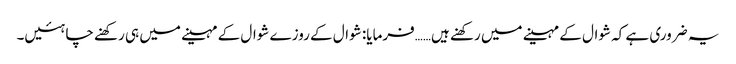
یہ ضروری ہے کہ شوال کے مہینے میں رکھنے ہیں……فرمایا: شوال کے روزے شوال کے مہینے میں ہی رکھنے چاہئیں۔